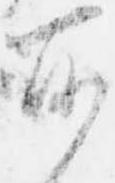
所